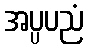
အပ္ပပညံ